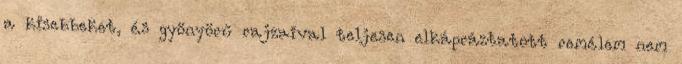
a kisebbeket, és gyönyörű rajzaival teljesen elkápráztatott remélem nem